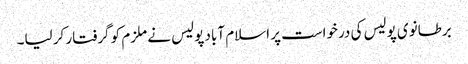
برطانوی پولیس کی درخواست پر اسلام آباد پولیس نے ملزم کو گرفتار کر لیا۔